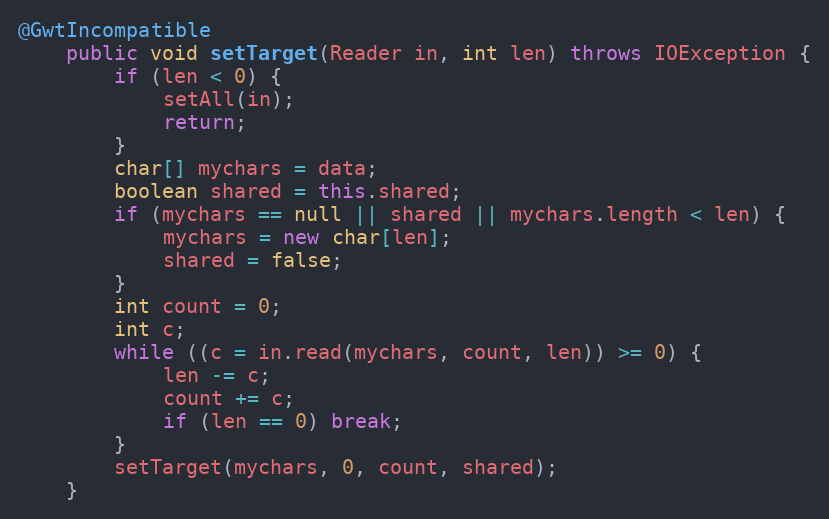
Language: Java
@GwtIncompatible
    public void setTarget(Reader in, int len) throws IOException {
        if (len < 0) {
            setAll(in);
            return;
        }
        char[] mychars = data;
        boolean shared = this.shared;
        if (mychars == null || shared || mychars.length < len) {
            mychars = new char[len];
            shared = false;
        }
        int count = 0;
        int c;
        while ((c = in.read(mychars, count, len)) >= 0) {
            len -= c;
            count += c;
            if (len == 0) break;
        }
        setTarget(mychars, 0, count, shared);
    }